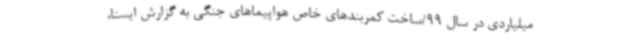
میلیاردی در سال 99/ساخت کمربندهای خاص هواپیماهای جنگی به گزارش ایسنا،